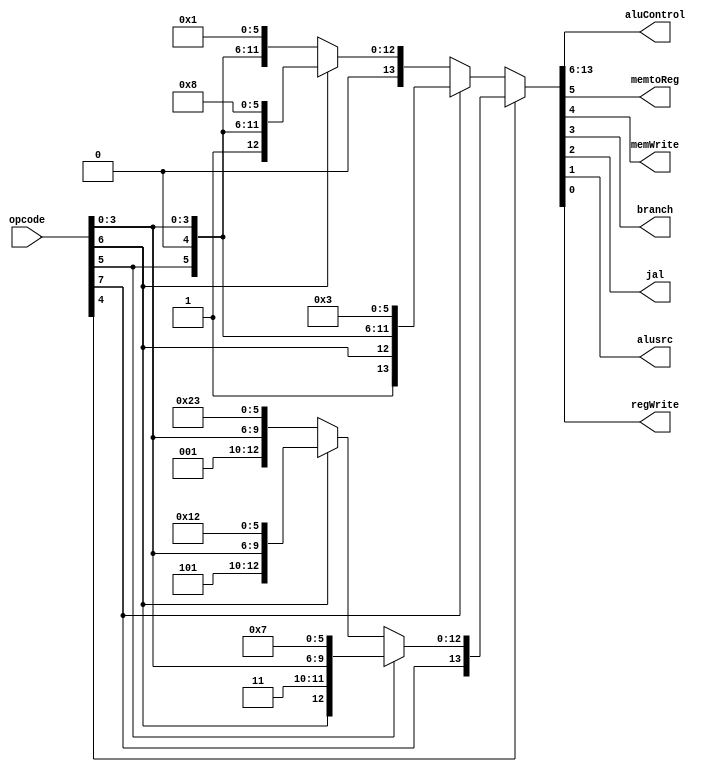
module SCProcController(opcode, aluControl, memtoReg, memWrite, branch, jal, alusrc, regWrite);
	input [7:0] opcode;
	output [7:0] aluControl;
	output memtoReg, memWrite, branch, jal, alusrc, regWrite;

	reg [13:0] ctrl;

	assign aluControl[7:0] = ctrl[13:6];
	assign memtoReg = ctrl[5];
	assign memWrite = ctrl[4];
	assign branch = ctrl[3];
	assign jal = ctrl[2];
	assign alusrc = ctrl[1];
	assign regWrite = ctrl[0];

	always @(*) begin
		if (opcode[4]) begin
			if (opcode[5]) ctrl <= {opcode, 6'b000111};			// JAL
			else if (opcode[6]) ctrl <= {opcode, 6'b010010};	// SW
			else ctrl <= {opcode, 6'b100011};						// LW
		end else if (opcode[7]) ctrl <= {opcode, 6'b000011};	// ALUI, CMPI 
		else if (opcode[6])	ctrl <= {opcode, 6'b001000};		// BCOND
		else ctrl <= {opcode, 6'b000001};							// ALUR, CMPR 
	end

endmodule